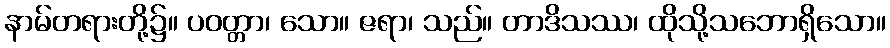
နာမ်တရားတို့၌။ ပဝတ္တာ၊ သော။ ဇရာ၊ သည်။ တာဒိသဿ၊ ထိုသို့သဘောရှိသော။